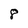
Character: 8